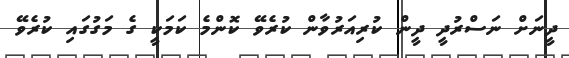
ދީނަށް ނަސްރުދީ ދީން ކުރިއަރުވާން ކުރެވޭ ކޮންމެ ކަމަކީ ގެ މަގުގައި ކުރެވޭ